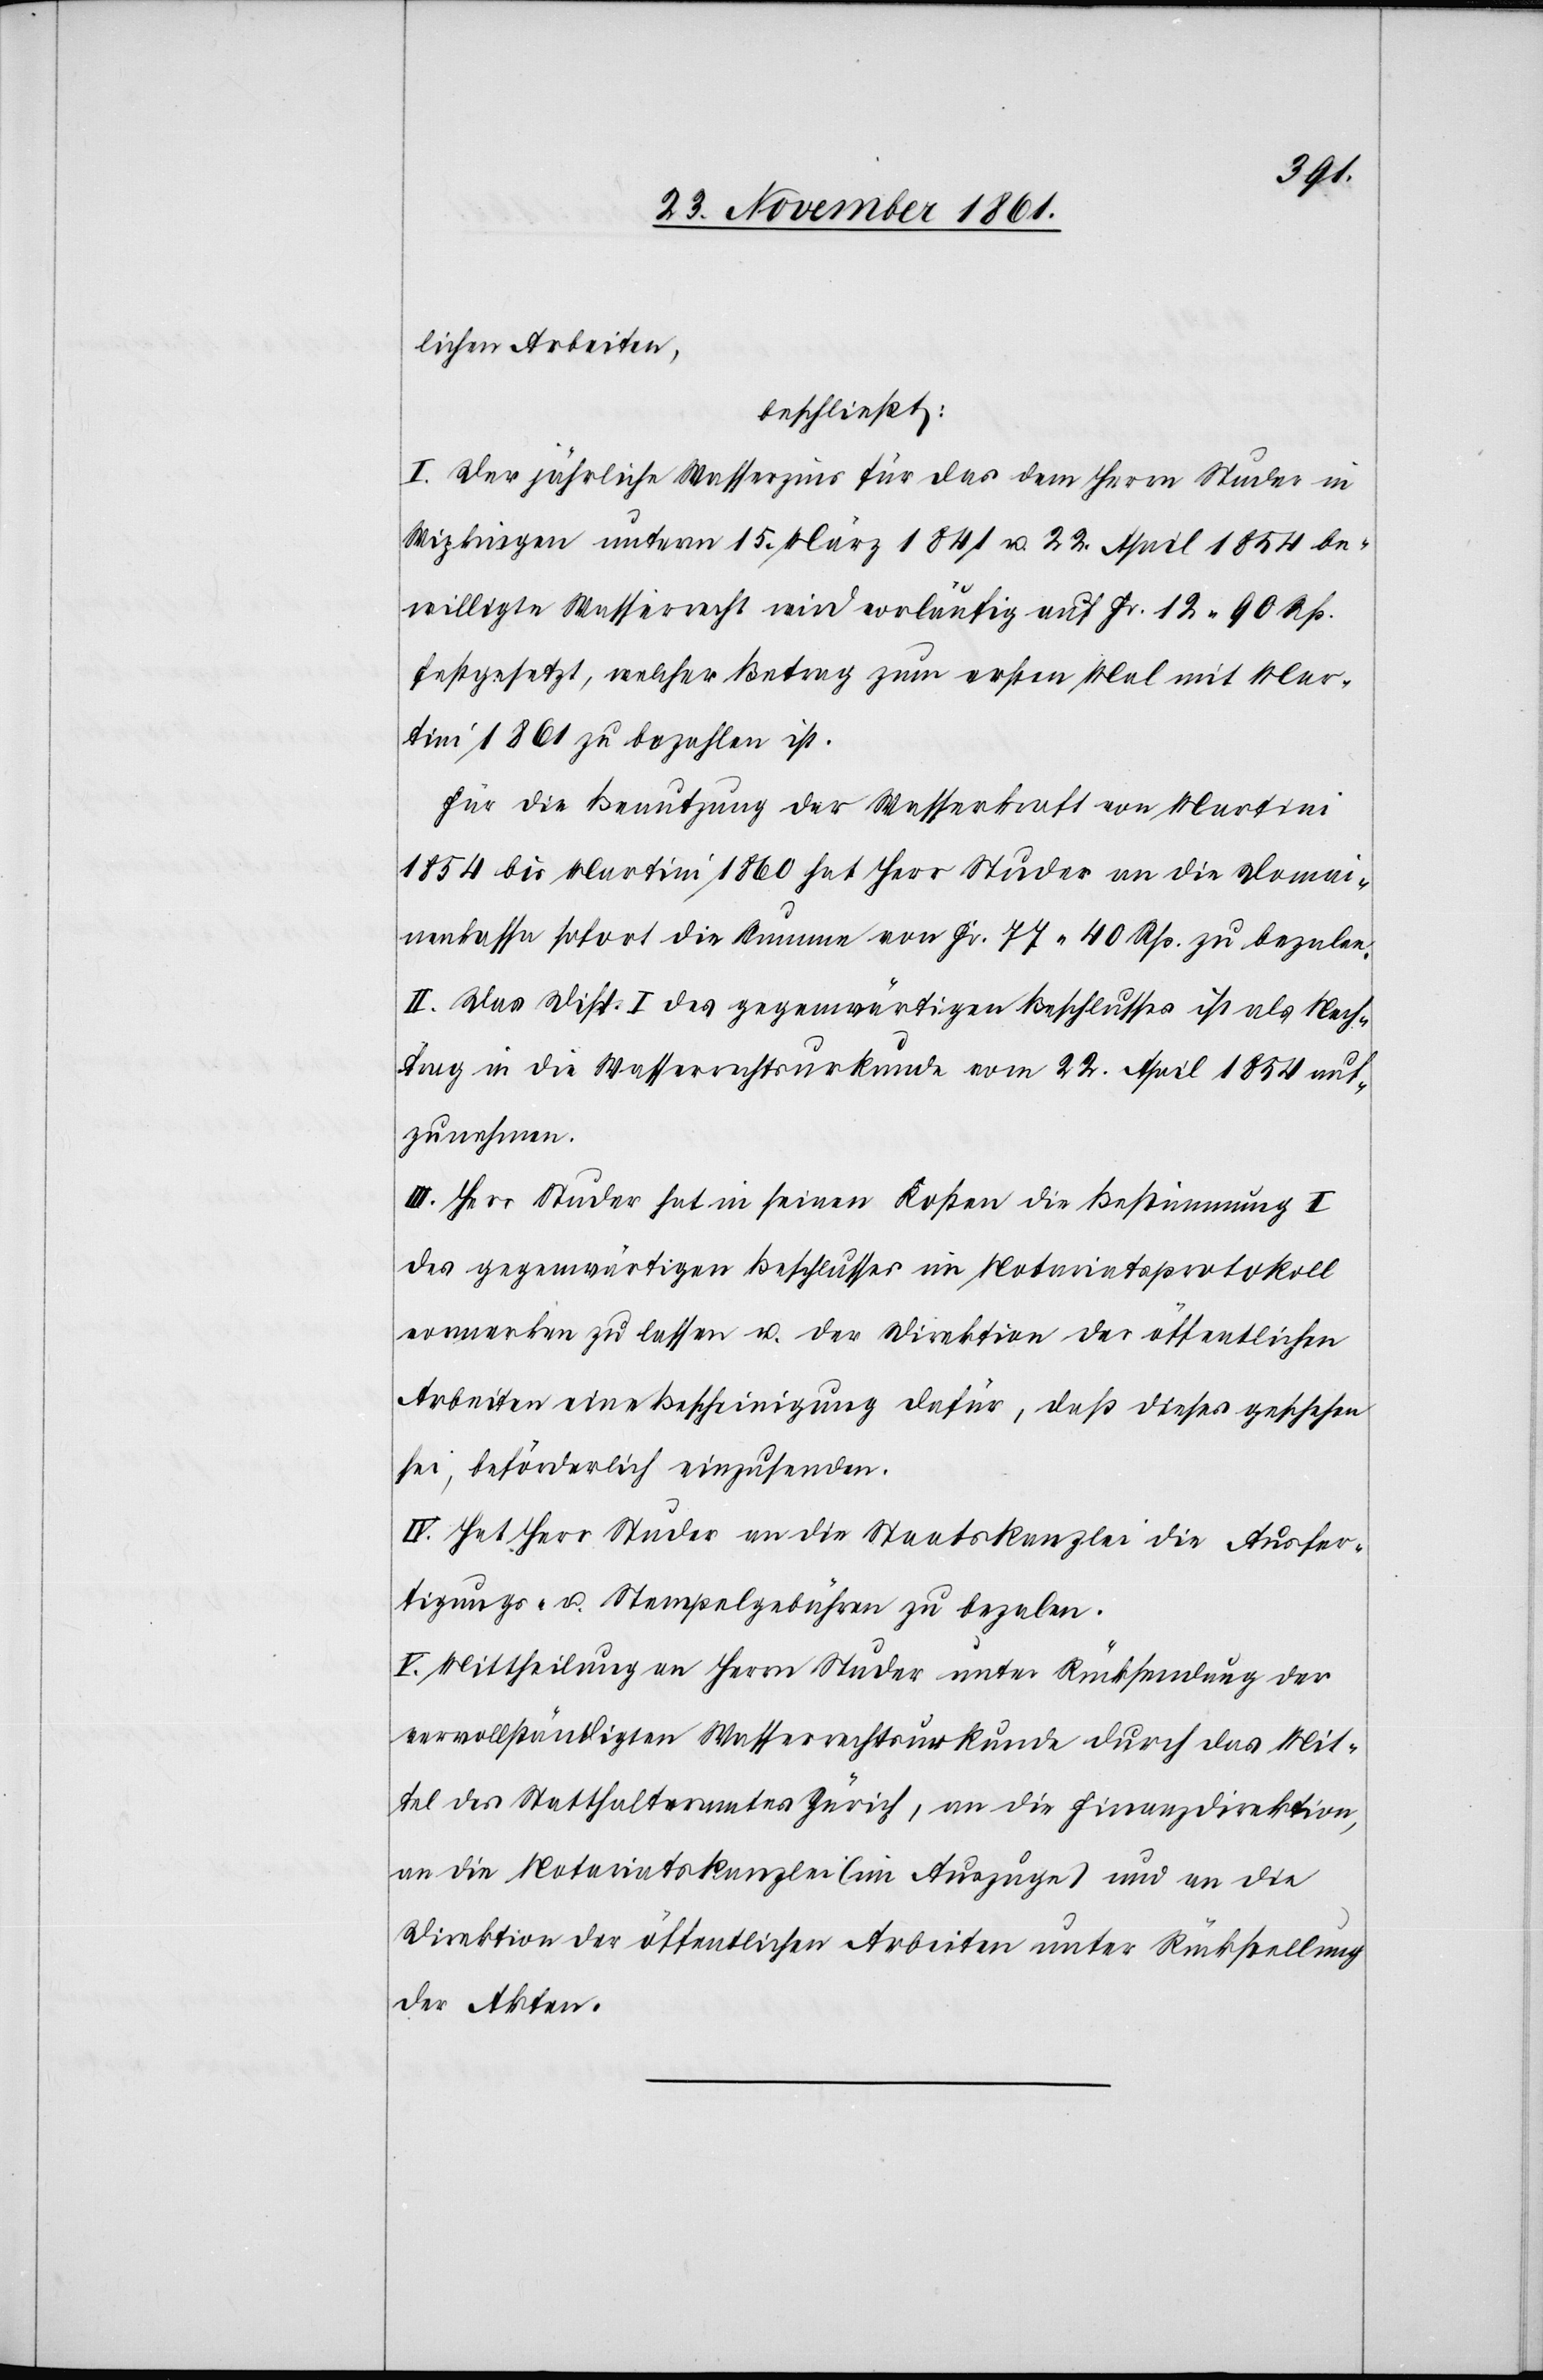
lichen Arbeiten,
beschließt:
I. Der jährliche Wasserzins für das dem Herrn Studer in
Wipkingen unterm 15 März 1841 u. 22 April 1854 be¬
willigte Wasserrecht wird vorläufig auf Fr. 12. 90 Rp.
festgesetzt, welcher Betrag zum ersten Mal mit Mar¬
tini 1861 zu bezahlen ist.
Für die Benutzung der Wasserkraft von Martini
1854 bis Martini 1860 hat Herr Studer an die Domai¬
nenkassa sofort die Summe von Fr. 77. 40 Rp. zu bezalen.
II. Das Disp. I des gegenwärtigen Beschlusses ist als Nach¬
trag in die Wasserrechtsurkunde vom 22 April 1854 auf¬
zunehmen.
III. Herr Studer hat in seinen Kosten die Bestimmung I
des gegenwärtigen Beschlusses im Notariatsprotokoll
vormerken zu lassen u. der Direktion der öffentlichen
Arbeiten eine Bescheinigung dafür, daß dieses geschehen
sei, beförderlich einzusenden.
IV. Hat Herr Studer an die Staatskanzlei die Ausfer¬
tigungs- u. Stempelgebühren zu bezalen.
V. Mittheilung an Herrn Studer unter Rücksendung der
vervollständigten Wasserrechtsurkunde durch das Mit¬
tel des Statthalteramtes Zürich, an die Finanzdirektion,
an die Notariatskanzlei (im Auszuge) und an die
Direktion der öffentlichen Arbeiten unter Rückstellung
der Akten.